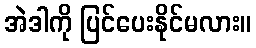
အဲဒါကို ပြင်ပေးနိုင်မလား။